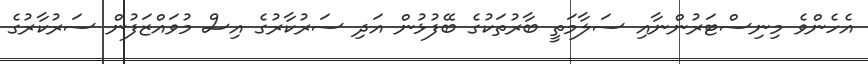
އެހެންވެ މިނިސްޓަރުންނާއި ސަލާމަތީ ބާރުތަކުގެ ބޭފުޅުން އަދި ސަރުކާރުގެ އިސް މުވައްޒަފުން ސަރުކާރުގެ